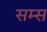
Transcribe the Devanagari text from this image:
सम्स